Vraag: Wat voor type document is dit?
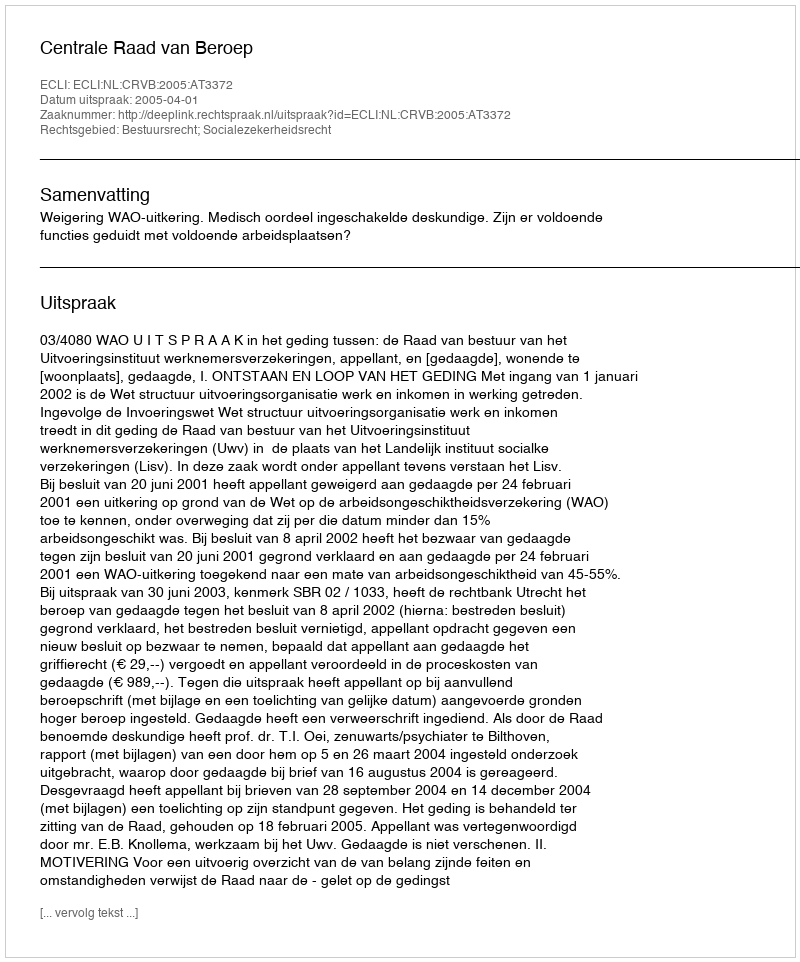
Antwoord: Uitspraak